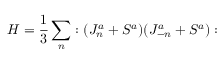
H = \frac { 1 } { 3 } \sum _ { n } : ( J _ { n } ^ { a } + S ^ { a } ) ( J _ { - n } ^ { a } + S ^ { a } ) :